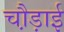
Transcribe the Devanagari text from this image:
चौ़ड़ाई